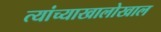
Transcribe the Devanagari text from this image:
त्यांच्याखालोखाल